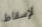
لإسقاط